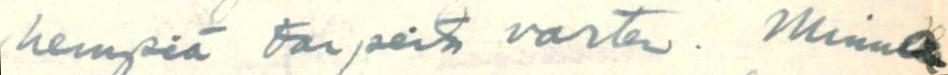
hempiä tarpeita varten. Minua